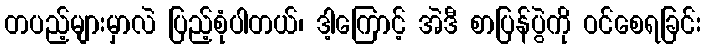
တပည့်များမှာလဲ ပြည့်စုံပါတယ်၊ ဒါ့ကြောင့် အဲဒီ စာပြန်ပွဲကို ဝင်စေရခြင်း